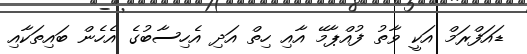
ޑައަފްރަމް އަކީ ވާތު ފުއްޕާމޭ އާއި ހިތް އަދި އެހިސާބުގެ އެހެން ބައިތަކާއި